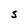
Character: S